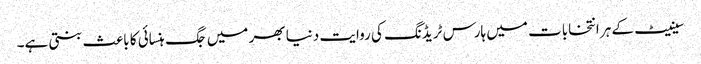
سینیٹ کے ہر انتخابات میں ہارس ٹریڈنگ کی روایت دنیا بھر میں جگ ہنسائی کا باعث بنتی ہے۔